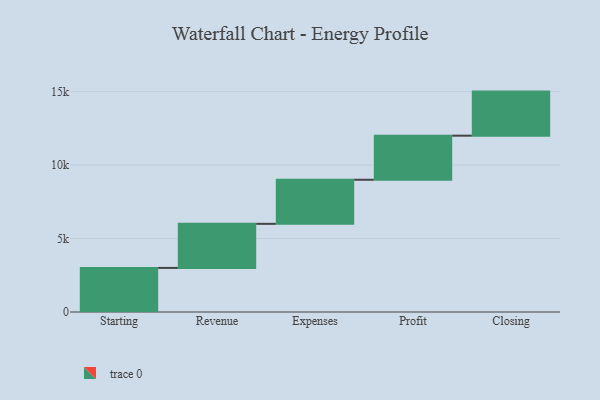
{"axis": {"x": "Step", "y": "Value"}, "legend": [""], "data": [{"x": "Starting", "y": 3000, "type": ""}, {"x": "Revenue", "y": 3000, "type": ""}, {"x": "Expenses", "y": 3000, "type": ""}, {"x": "Profit", "y": 3000, "type": ""}, {"x": "Closing", "y": 3000, "type": ""}]}